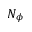
N _ { \phi }